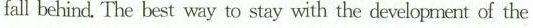
fall behind. The best way to stay with the development of the